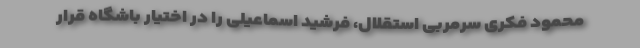
محمود فکری سرمربی استقلال، فرشید اسماعیلی را در اختیار باشگاه قرار